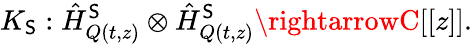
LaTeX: K_{\mathsf{S}}:\hat{{H}}_{Q(t,z)}^{\mathsf{S}}\otimes\hat{{H}}_{Q(t,z)}^{\mathsf{S}}\rightarrowC[[z]].